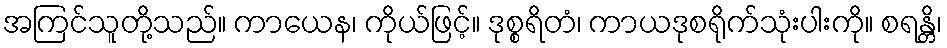
အကြင်သူတို့သည်။ ကာယေန၊ ကိုယ်ဖြင့်။ ဒုစ္စရိတံ၊ ကာယဒုစရိုက်သုံးပါးကို။ စရန္တိ၊